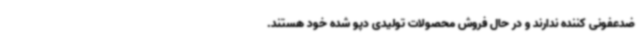
ضدعفونی کننده ندارند و در حال فروش محصولات تولیدی دپو شده خود هستند.